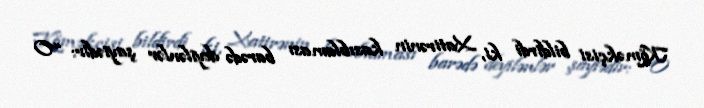
Köməkçisi bildirdi ki, Xatirənin kasıblaması barədə deyilənlər şayiədir: “O